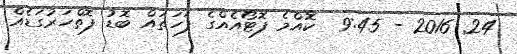
24